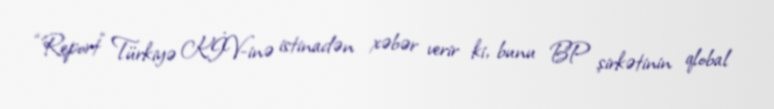
“Report” Türkiyə KİV-inə istinadən xəbər verir ki, bunu BP şirkətinin qlobal